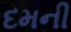
દમની